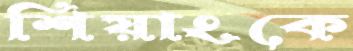
শিয়াংকে